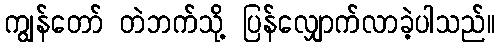
ကျွန်တော် တဲဘက်သို့ ပြန်လျှောက်လာခဲ့ပါသည်။